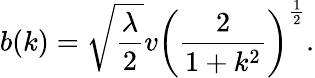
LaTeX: b(k)=\sqrt{\frac{\lambda}{2}}v\left(\frac{2}{1+k^{2}}\right)^{\frac{1}{2}}.